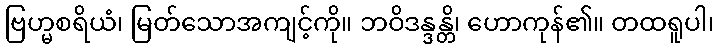
ဗြဟ္မစရိယံ၊ မြတ်သောအကျင့်ကို။ ဘဝိဒန္ဒန္တိ၊ ဟောကုန်၏။ တထရူပါ၊